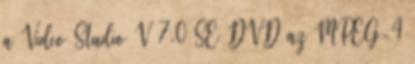
a Video Studio V 7.0 SE DVD az MPEG-4